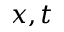
x , t